Lunatic asylums Madras 1892-1911 - 1892-1911
Year: 1892
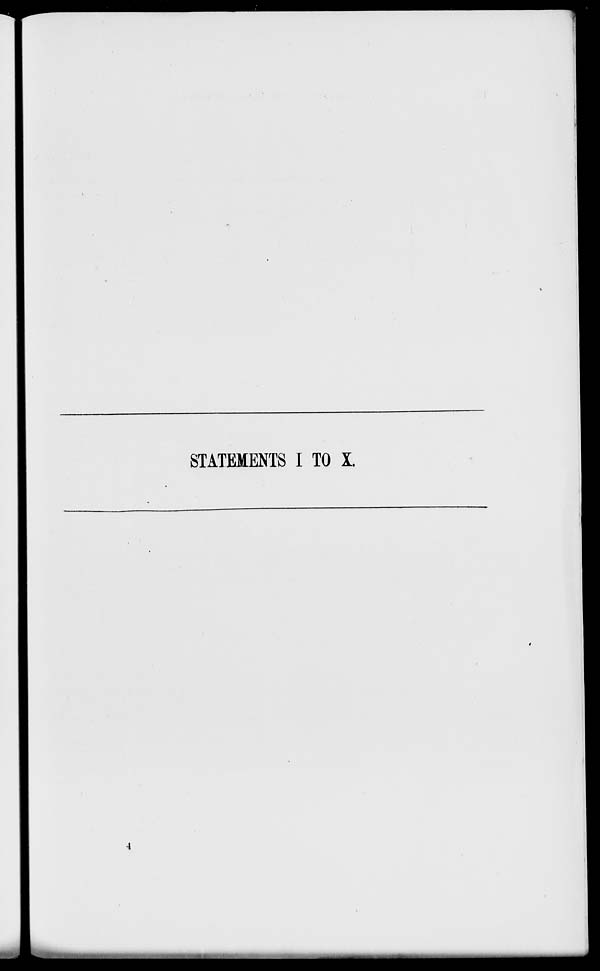
STATEMENTS I TO X.
.